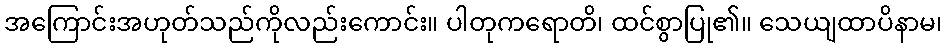
အကြောင်းအဟုတ်သည်ကိုလည်းကောင်း။ ပါတုကရောတိ၊ ထင်စွာပြု၏။ သေယျထာပိနာမ၊